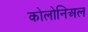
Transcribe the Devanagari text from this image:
कोलोनिअल